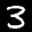
Label: 3